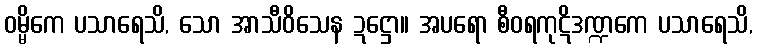
ဝမ္မိကေ ပသာရေသိ, သော အာသီဝိသေန ဍဋ္ဌော။ အပရော စီဝရကုဋိဒဏ္ဍကေ ပသာရေသိ,